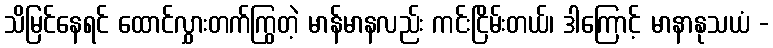
သိမြင်နေရင် ထောင်လွှားတက်ကြွတဲ့ မာန်မာနလည်း ကင်းငြိမ်းတယ်၊ ဒါကြောင့် မာနာနုသယံ -